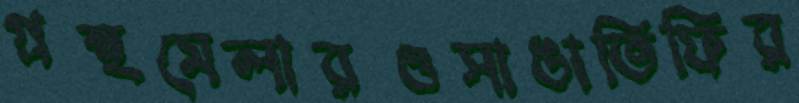
গ্রন্থমেলারওসাঙাতিফির